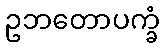
ဥဘတောပက္ခံ